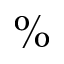
\%